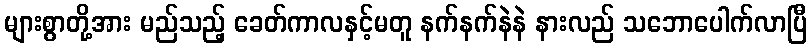
များစွာတို့အား မည်သည့် ခေတ်ကာလနှင့်မတူ နက်နက်နဲနဲ နားလည် သဘောပေါက်လာပြီ